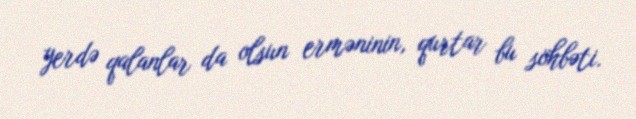
yerdə qalanlar da olsun erməninin, qurtar bu söhbəti.